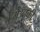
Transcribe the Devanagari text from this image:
मेंउनकी